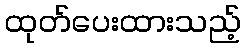
ထုတ်ပေးထားသည့်